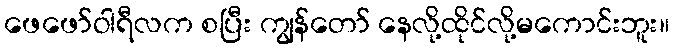
ဖေဖော်ဝါရီလက စပြီး ကျွန်တော် နေလို့ထိုင်လို့မကောင်းဘူး။